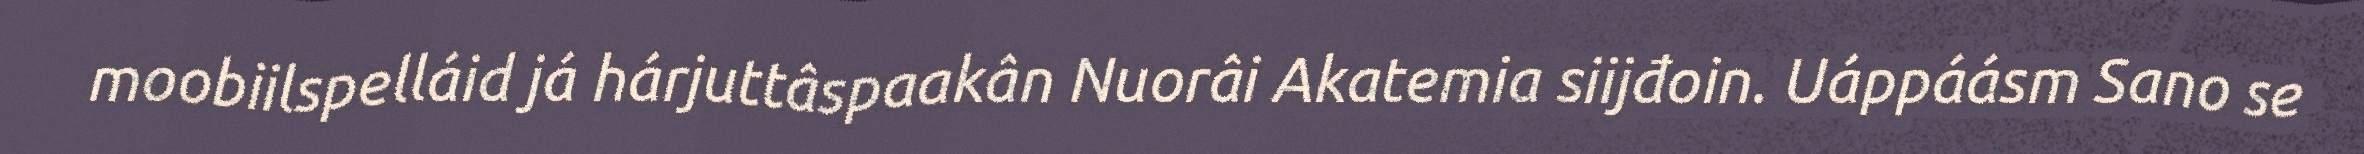
moobiilspelláid já hárjuttâspaakân Nuorâi Akatemia siijđoin. Uáppáásm Sano se